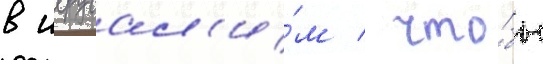
в иерусал'и́м / что́бы